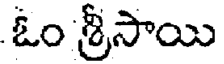
ఓం శ్రీసాయి